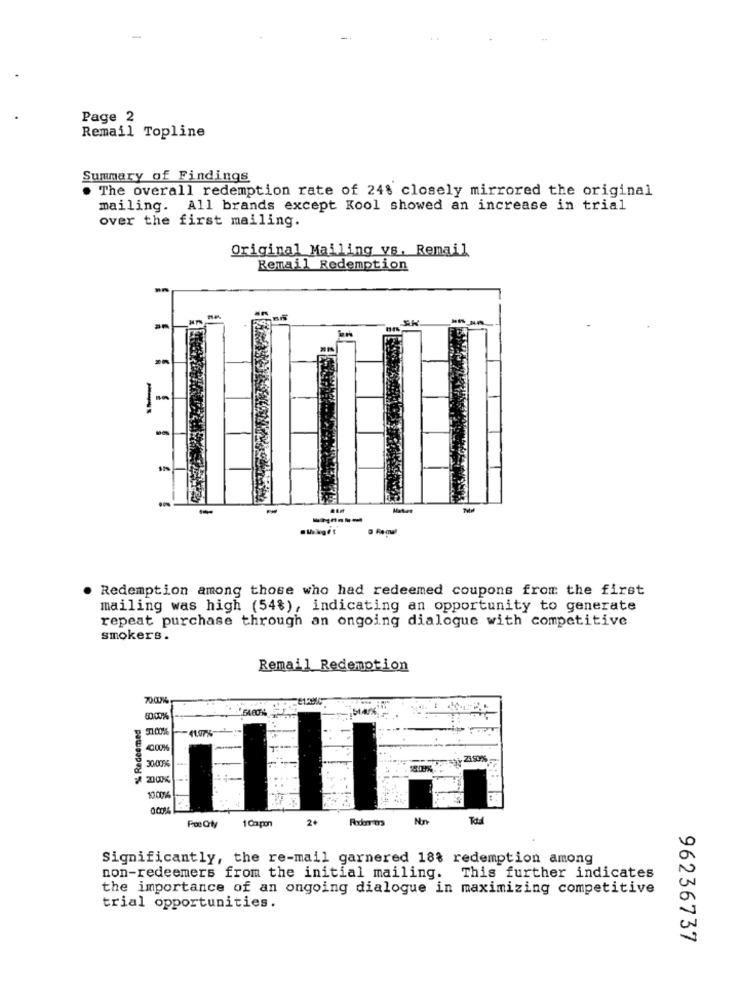
Page 2
Remail Topline
Summary of Findings
. The overall redemption rate of 24% closely mirrored the original
mailing. All brands except Kool showed an increase in trial
over the first mailing.
Original Mailing vs. Remail
Remail Redemption
SK
-
-
Redemption among those who had redeemed coupons from the first
mailing was high (54%), indicating an opportunity to generate
repeat purchase through an ongoing dialogue with competitive
smokers.
Remail Redemption
700%
64.60%
% Redeemed
50.00%
-
10.00
2
Nn
1 Ca pon
Significantly, the re-mail garnered 18% redemption among
non-redeemers from the initial mailing. This further indicates
the importance of an ongoing dialogue in maximizing competitive
trial opportunities.
96236737